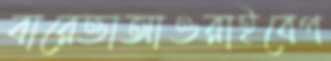
বারেত্তাআওরাইবেপ